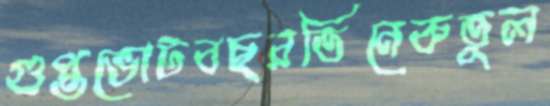
গুপ্তভোটবছরতিনেকতুল